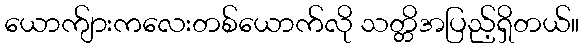
ယောက်ျားကလေးတစ်ယောက်လို သတ္တိအပြည့်ရှိတယ်။